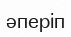
әперіп